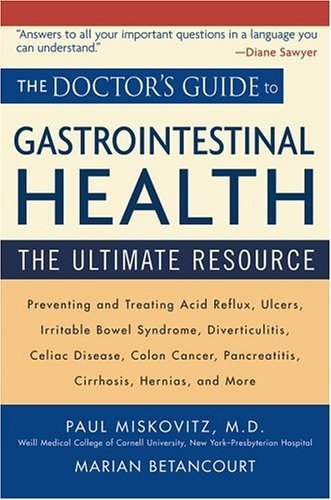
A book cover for Doctor's Guide to Gastrointestinal Health Preventing and Treating Acid Reflux, Ulcers, Irritable Bowel Syndrome, Diverticulitis, Celiac Disease, ... Pancreatitis, Cirrhosis, Hernias and more by Miskovitz M.D., Paul, Betancourt, Marian [Wiley,2005] [Paperback]; Health, Fitness & Dieting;